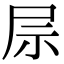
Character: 𫵖